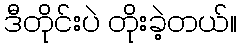
ဒီတိုင်းပဲ တိုးခဲ့တယ်။